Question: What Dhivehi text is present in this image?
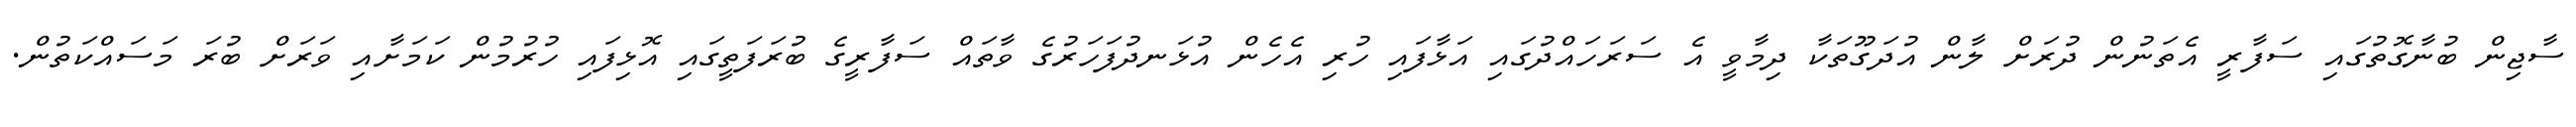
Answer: ސާޖިން ބުނާގޮތުގައި ސަފާރީ އެތަނުން ދުރަށް ލާން އުދަގޫތަކާ ދިމާވީ އެ ސަރަހައްދުގައި އަޅާފައި ހުރި އެހެން އުޅަނދުފަހަރުގެ ވާތައް ސަފާރީގެ ބުރަފަތީގައި އޮޅިފައި ހުރުމުން ކަމަށާއި ވަރަށް ބުރަ މަސައްކަތުން.